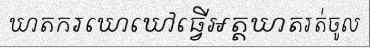
ឃាតករឃោឃៅធ្វើអត្តឃាតរត់ចូល